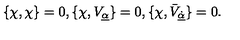
{ \displaystyle \{ \chi , \chi \} = 0 , \{ \chi , V _ { \underline { \alpha } } \} = 0 , \{ \chi , \bar { V } _ { \underline { { \dot { \alpha } } } } \} = 0 . }